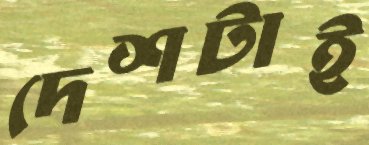
দেশটাই